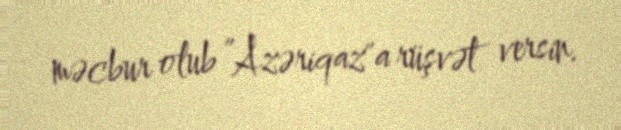
məcbur olub ”Azəriqaz"a rüşvət versin.